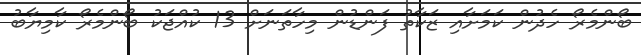
ބޯންމެރޯ ހެދުން ކަމަށާއި ޒަކާތު ފަންޑުން މިހާތަނަށް 13 ކުއްޖަކު ބޯންމެރޯ ކާމިޔާބު